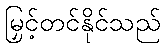
မြှင့်တင်နိုင်သည်